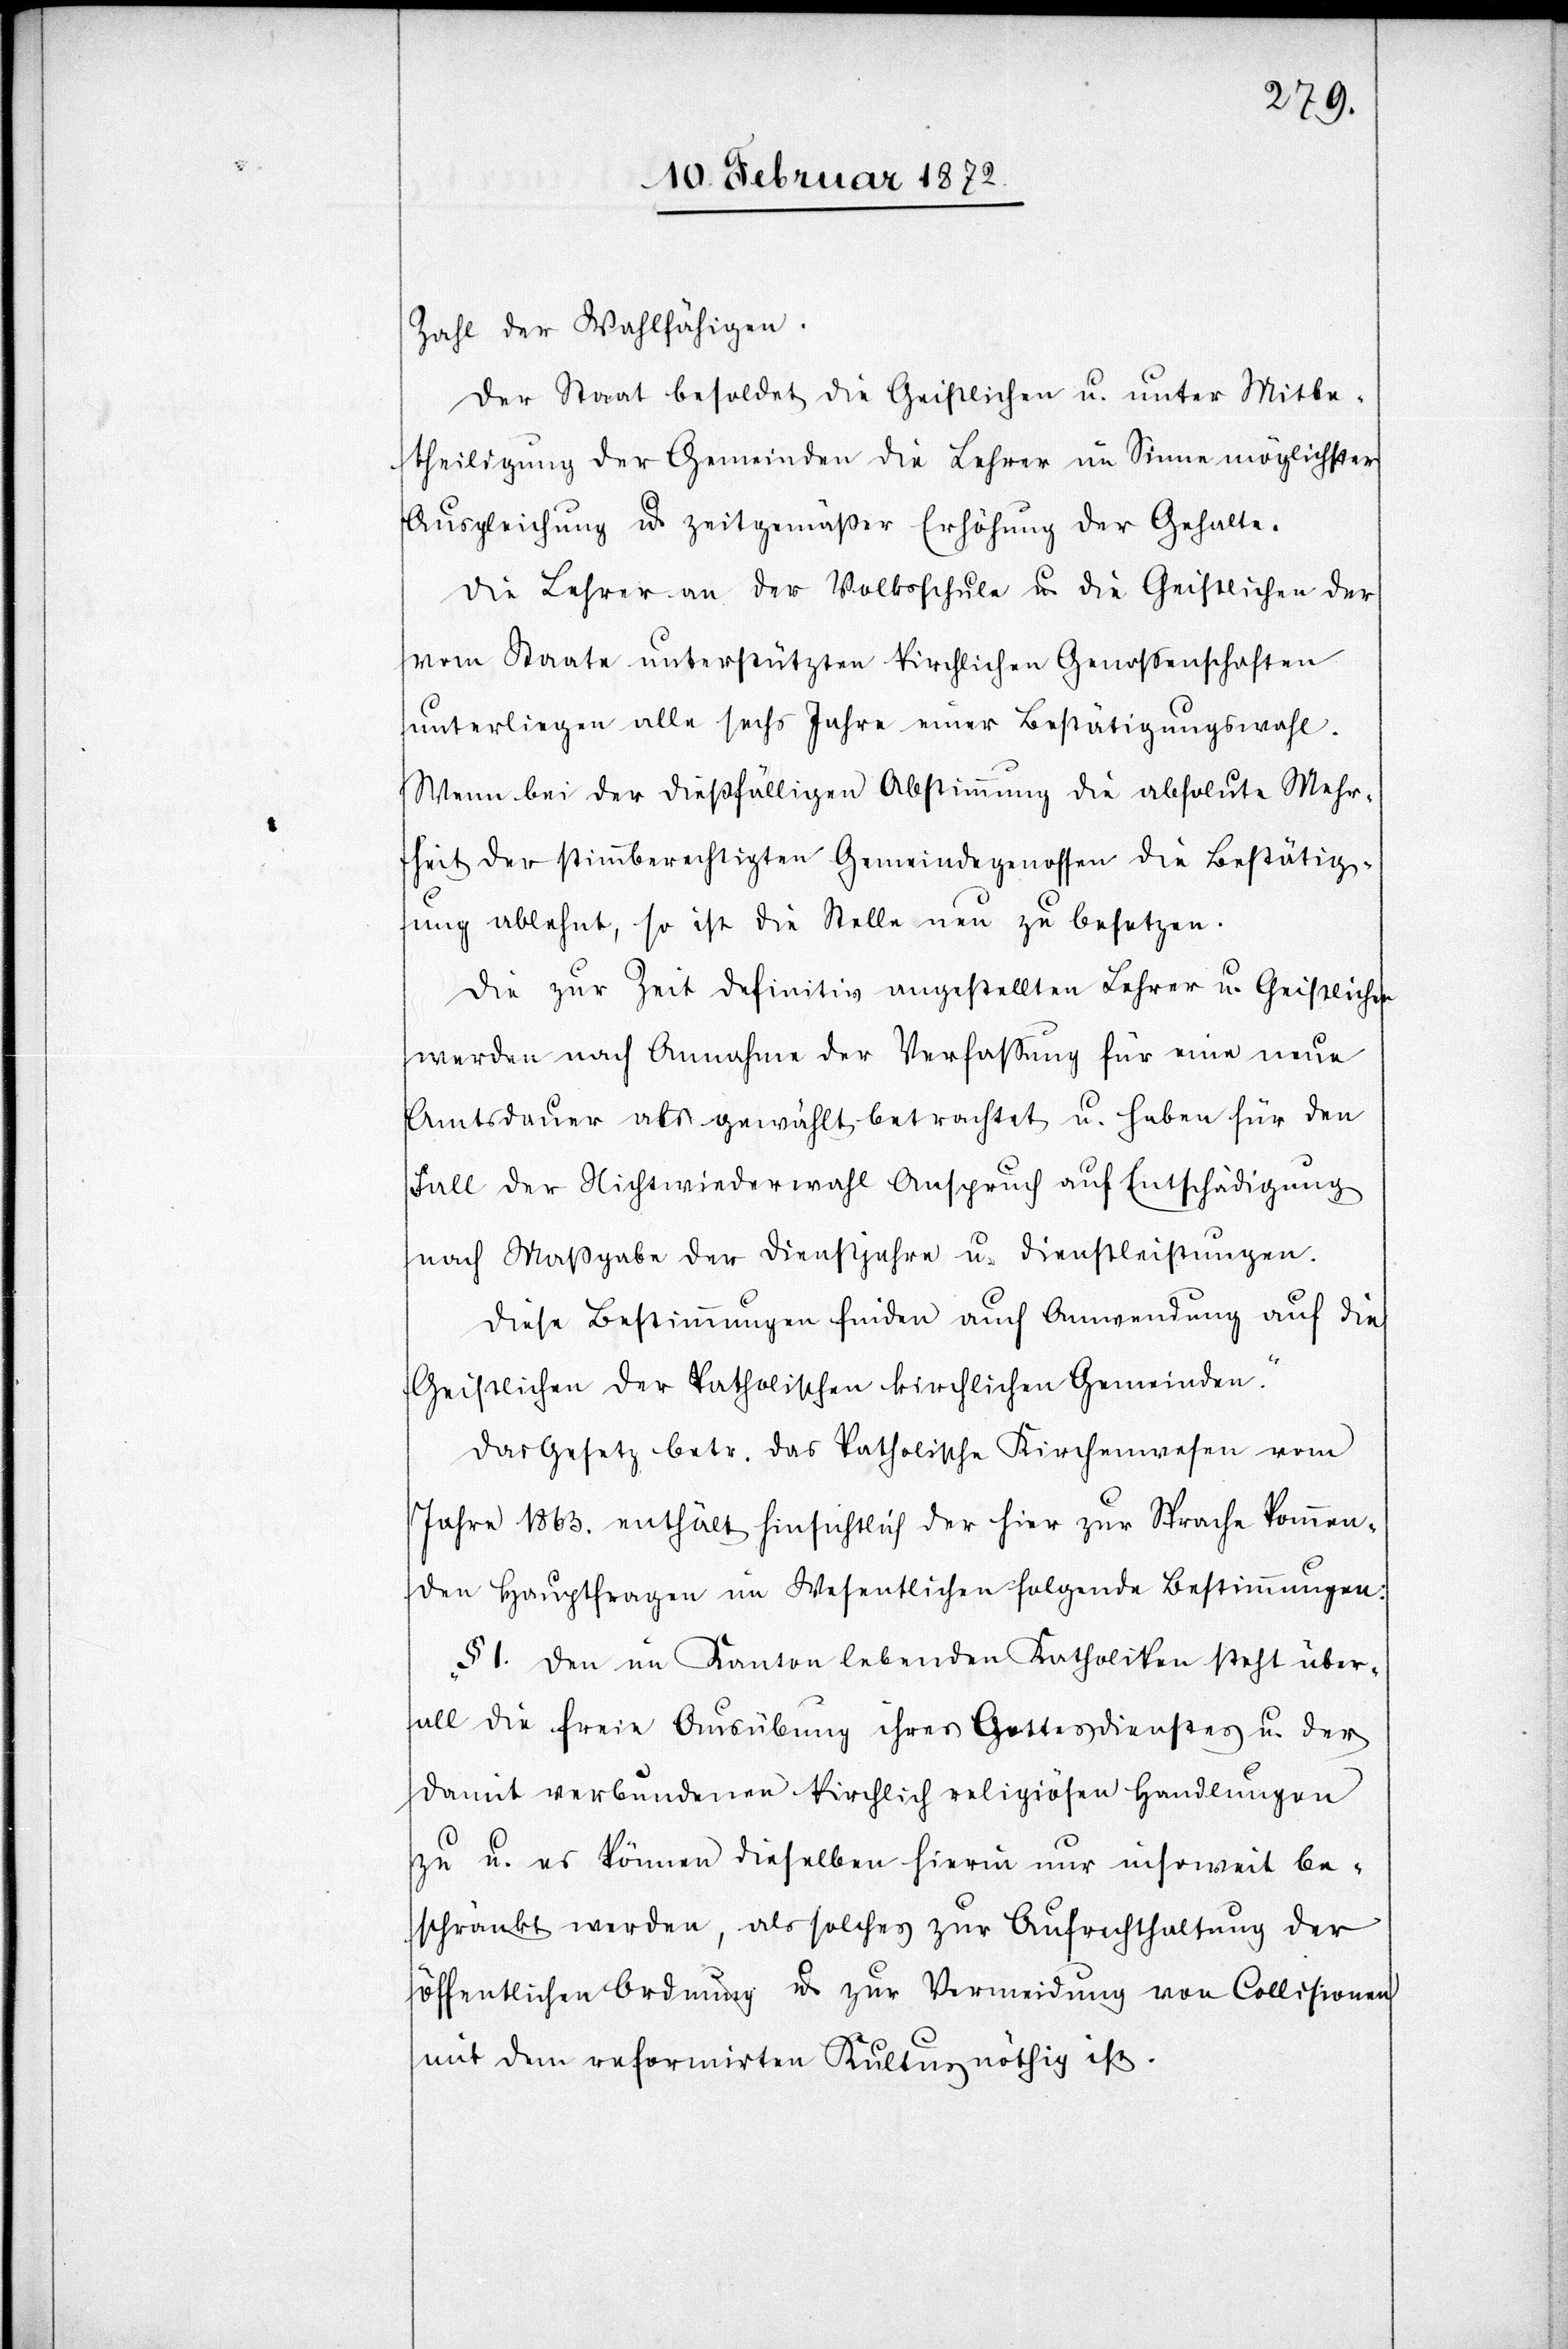
Zahl der Wahlfähigen.
Der Staat besoldet die Geistlichen u. unter Mitbe¬
theiligung der Gemeinden die Lehrer im Sinne möglichster
Ausgleichung u. zeitgemäßer Erhöhung der Gehalte.
Die Lehrer an der Volksschule u. die Geistlichen der
vom Staate unterstützten kirchlichen Genossenschaften
unterliegen alle sechs Jahre einer Bestätigungswahl.
Wenn bei der dießfälligen Abstimmung die absolute Mehr¬
heit der stimmberechtigten Gemeindegenossen die Bestätig¬
ung ablehnt, so ist die Stelle neu zu besetzen.
Die zur Zeit definitiv angestellten Lehrer u. Geistlichen
werden nach Annahme der Verfassung für eine neue
Amtsdauer als gewählt betrachtet u. haben für den
Fall der Nichtwiederwahl Anspruch auf Entschädigung
nach Maßgabe der Dienstjahre u. Dienstleistungen.
Diese Bestimmungen finden auch Anwendung auf die
Geistlichen der katholischen kirchlichen Gemeinden.“
Das Gesetz betr. das katholische Kirchenwesen vom
Jahre 1863. enthält hinsichtlich der hier zur Sprache kommen¬
den Hauptfragen im Wesentlichen folgende Bestimmungen.
„§ I. Den im Kanton lebenden Katholiken steht über¬
all die freie Ausübung ihres Gottesdienstes u. der
damit verbundenen kirchlich religiösen Handlungen
zu u. es könne dieselbe hierin nur insoweit be¬
schränkt werden, als solches zur Aufrechthaltung der
öffentlichen Ordnung u. zur Vermeidung von Collisionen
mit dem reformirten Kultus nöthig ist.